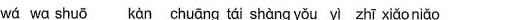
wá wa shuō kàn chuāng shàng yǒu yì zhī xiǎo niǎo